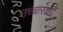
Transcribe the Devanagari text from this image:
उच्चारकही